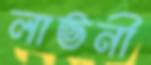
লাভনী